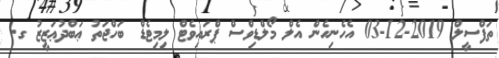
ތަފްސީލް 2019-12-03 އެހެނިހެން އެލް މޯލްޑިވްސް ޕްރައިވެޓް ލިމިޓެޑް ބަހްޖަތު ޢަބްދުޢަޒީޒު ގ.